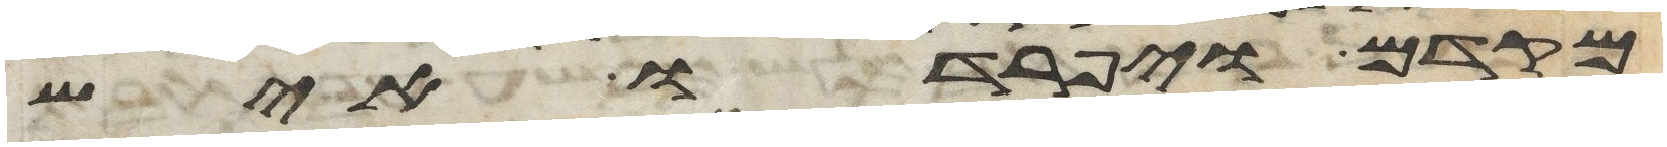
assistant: מקדם ויפרדו איש